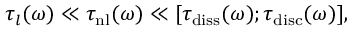
\tau _ { l } ( \omega ) \ll \tau _ { \mathrm { n l } } ( \omega ) \ll [ \tau _ { \mathrm { d i s s } } ( \omega ) ; \tau _ { \mathrm { d i s c } } ( \omega ) ] ,